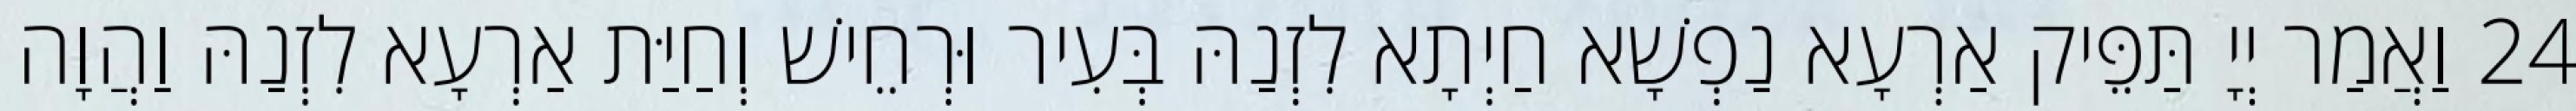
24 וַאֲמַר יְיָ תַּפֵּיק אַרְעָא נַפְשָׁא חַיְתָא לִזְנַהּ בְּעִיר וּרְחֵישׁ וְחַיַּת אַרְעָא לִזְנַהּ וַהֲוָה